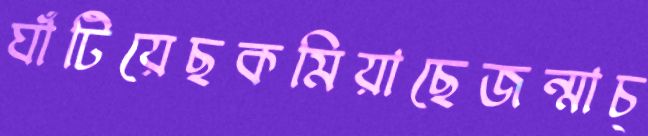
ঘাঁটিয়েছকমিয়াছেজন্মাচ্